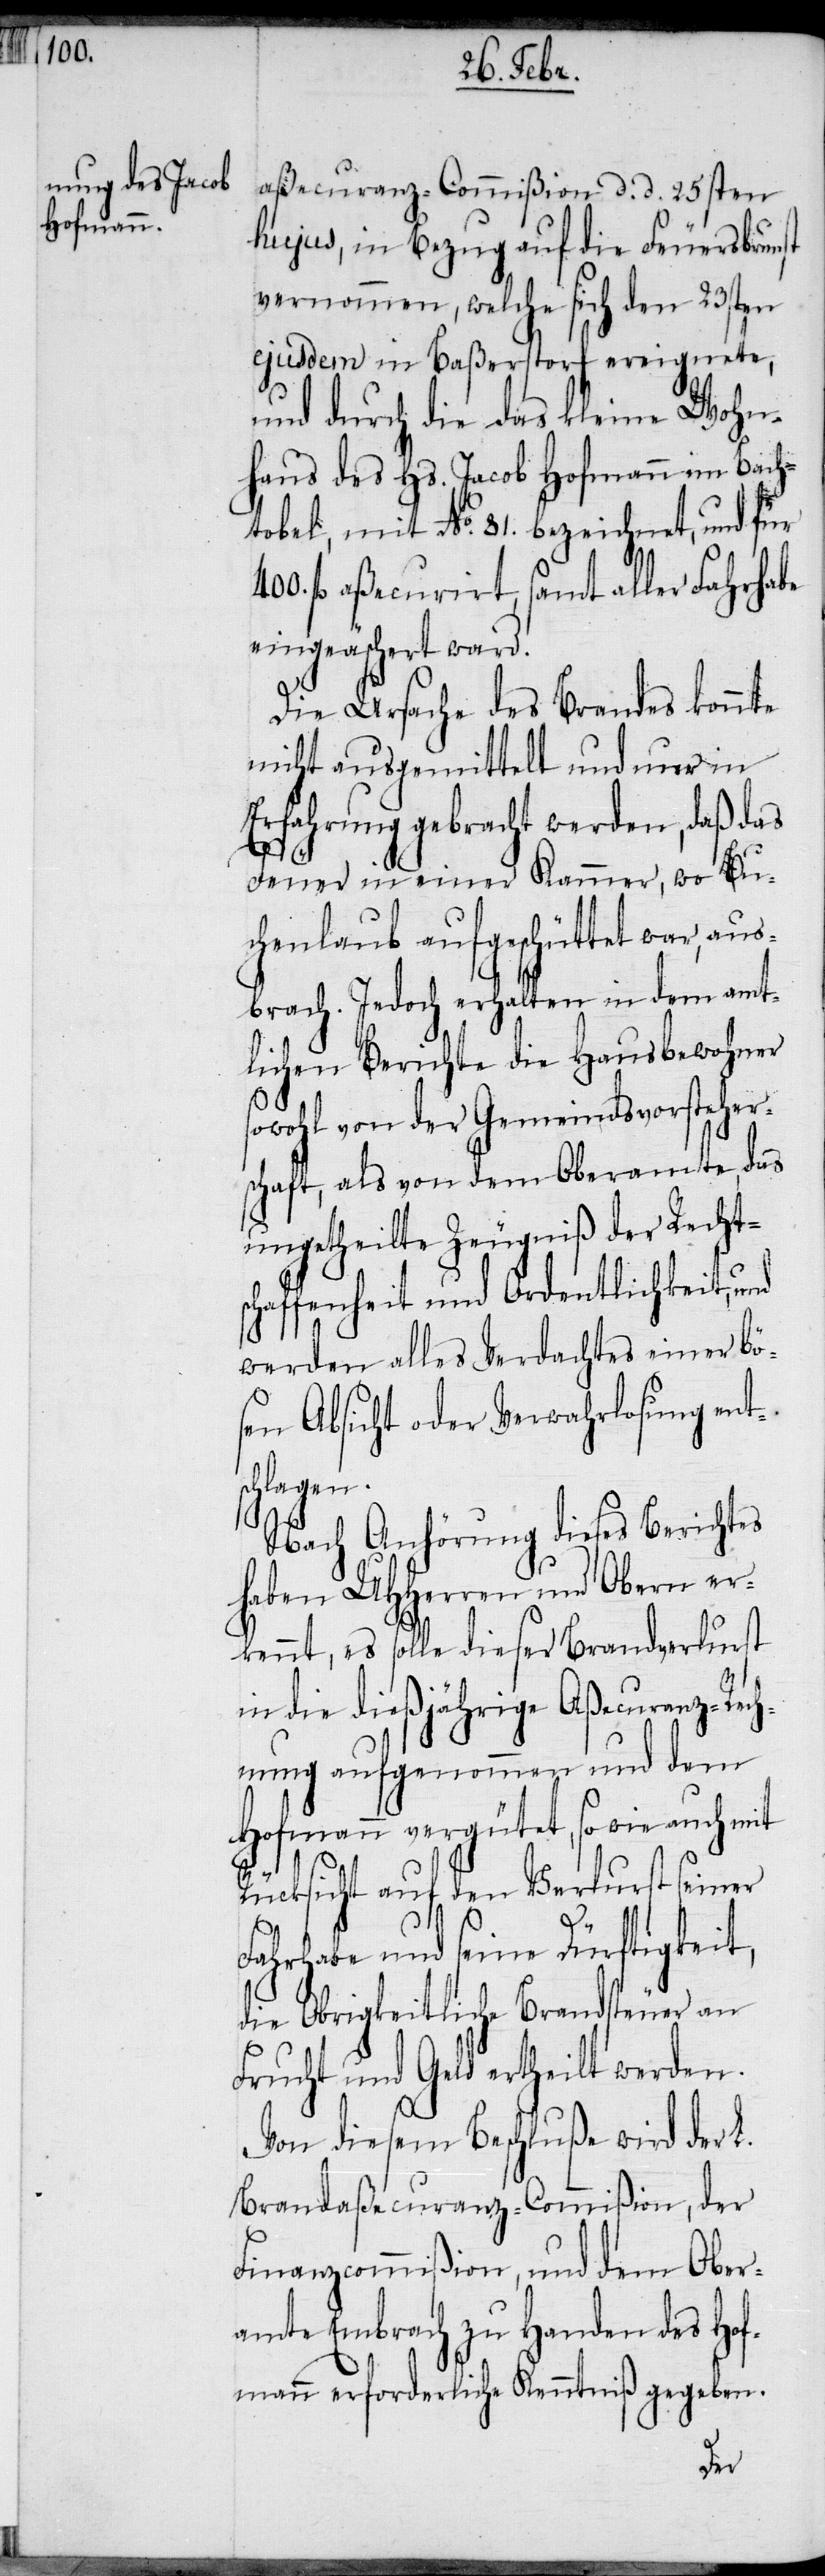
aßecuranz-Commißion d. d. 25sten
hujus, in Bezug auf die Feuersbrunst
vernommen, welche sich den 23sten
ejusdem in Baßerstorf ereignete,
und durch die das kleine Wohn¬
haus des Hs. Jacob Hofmann im Bach¬
tobel, mit No. 81. bezeichnet, und für
fl aßecurirt, samt aller Fahrhabe
eingeäschert ward.
Die Ursache des Brandes konnte
nicht ausgemittelt und nur in
Erfahrung gebracht werden, daß das
Feuer in einer Kammer, wo Bu¬
chenlaub aufgeschüttet war, aus¬
brach. Jedoch erhalten in dem amt¬
lichen Berichte die Hausbewohner
sowohl von der Gemeindsvorsteher¬
schaft, als von dem Oberamte, das
ungetheilte Zeugniß der Rechts¬
chaffenheit und Ordentlichkeit, und
werden alles Verdachtes einer bö¬
sen Absicht oder Verwahrlosung ents¬
chlagen.
Nach Anhörung dieses Berichtes
haben UHHerren und Obern er¬
kennt, es solle dieser Brandverlurst
in die dießjährige Aßecuranz-Rech¬
nung aufgenommen und dem
Hofmann vergütet, so wie auch mit
Rücksicht auf den Verlurst seiner
Fahrhabe und seine Dürftigkeit,
die Obrigkeitliche Brandsteuer an
Frucht und Geld ertheilt werden.
Von diesem Beschluße wird der L.
Brandaßecuranz-Commißion, der
Finanzcommißion, und dem Ober¬
amte Embrach zu Handen des Hof¬
mann erforderliche Kenntniß gegeben.